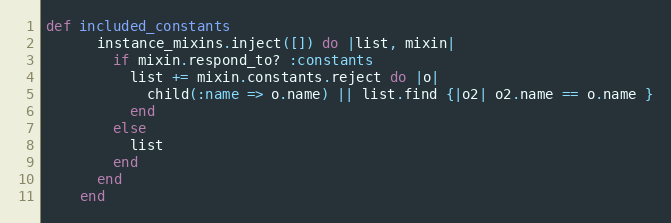
Language: Ruby
def included_constants
      instance_mixins.inject([]) do |list, mixin|
        if mixin.respond_to? :constants
          list += mixin.constants.reject do |o|
            child(:name => o.name) || list.find {|o2| o2.name == o.name }
          end
        else
          list
        end
      end
    end